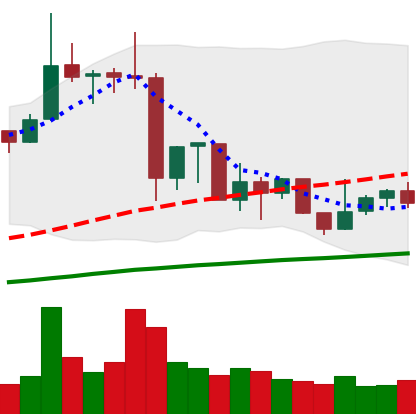
Ticker: XRP-USD
Chart end date: 2019-07-09
Forward return: -22.26%
Label: down_7plus